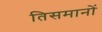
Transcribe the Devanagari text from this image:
तिसमानों